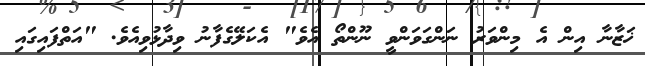
ޚަޒާނާ އިން އެ މިންވަރު ނަންގަވަންވީ ނޫންތޯ އެވެ" އެކަލޭގެފާނު ވިދާޅުވިއެވެ. "އަތްފައިގައި